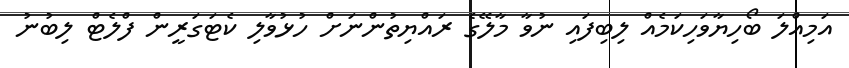
އަމިއްލަ ބޯހިޔާވަހިކަމެއް ލިބިފައި ނުވާ މާލޭގެ ރައްޔިތުންނަށް ހުޅުވާލި ކެޓަގަރީން ފްލެޓް ލިބުނު